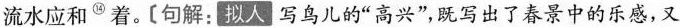
流水应和^{⑭}着。[句解:拟人写鸟儿的“高兴”既写出了春景中的乐感，又